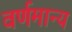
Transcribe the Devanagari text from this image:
वर्णमान्य